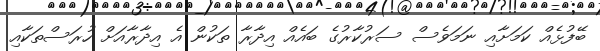
ބޭފުޅެއް ކަމަށާއި ނަމަވެސް ސަރުކާރުގެ ބައެއް އިދާރާ ތަކުން އެ އިދާރާއަށް ހުރަސްތަކާއި